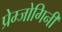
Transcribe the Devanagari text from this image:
प्रेम्जोगिनी